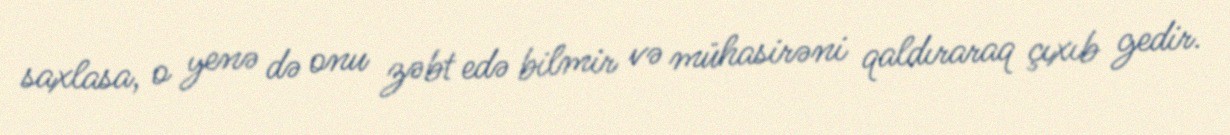
saxlasa, o yenə də onu zəbt edə bilmir və mühasirəni qaldıraraq çıxıb gedir.